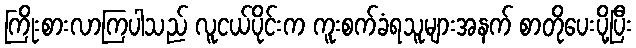
ကြိုးစားလာကြပါသည် လူငယ်ပိုင်းက ကူးစက်ခံရသူများအနက် စာတိုပေးပို့ပြီး